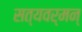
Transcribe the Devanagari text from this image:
सत्यवर्मन्